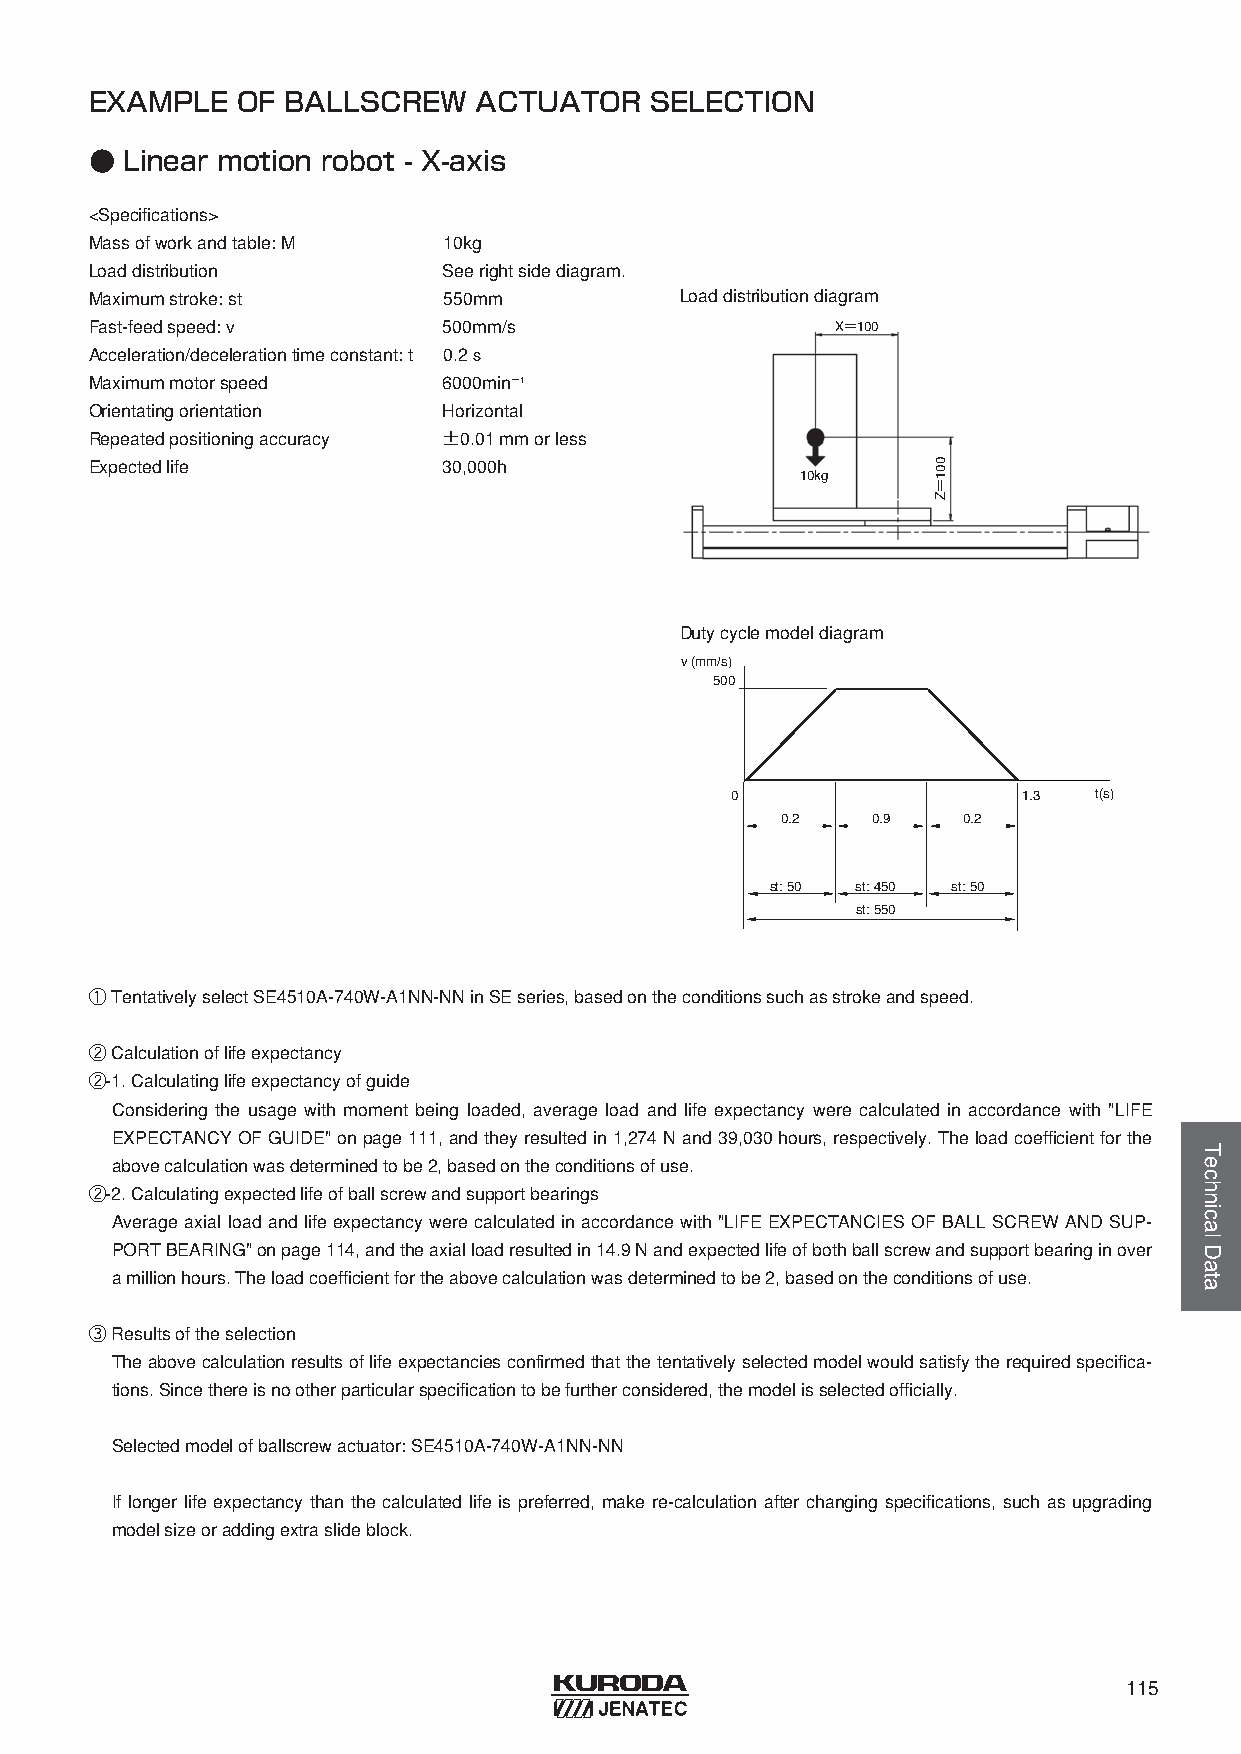
EXAMPLE   OF BALLSCREW    ACTUATOR   SELECTION
 ● Linear motion robot - X-axis
 <Specifications>
 Massofworkandtable: M  10kg
 Loaddistribution       Seerightsidediagram.
 Maximumstroke: st      550mm           Loaddistributiondiagram
 Fast-feedspeed: v      500mm/s                   X＝100
 Acceleration/decelerationtimeconstant: t 0.2ｓ
 Maximummotorspeed      6000min−1
 Orientatingorientation Horizontal
 Repeatedpositioningaccuracy ±0.01 mmorless
 Expectedlife           30,000h
 10kg
 Dutycyclemodeldiagram
 v (mm/s)
 500
 0                   1.3 t(s)
 0.2   0.9   0.2
 st: 50 st: 450 st: 50
 st: 550
 ①TentativelyselectSE4510A-740W-A1NN-NNinSEseries, basedontheconditionssuchasstrokeandspeed.
 ②Calculationoflifeexpectancy
 ②-1. Calculatinglifeexpectancyofguide
 Considering the usage with moment being loaded, average load and life expectancy were calculated in accordance with "LIFE
 EXPECTANCYOFGUIDE" onpage111, andtheyresultedin1,274 Nand39,030 hours, respectively. Theloadcoefficientforthe
 abovecalculationwasdeterminedtobe2, basedontheconditionsofuse.
 ②-2. Calculatingexpectedlifeofballscrewandsupportbearings
 Average axial load and life expectancy were calculated in accordance with "LIFE EXPECTANCIES OF BALL SCREW AND SUP-
 PORTBEARING" onpage114, andtheaxialloadresultedin14.9 Nandexpectedlifeofbothballscrewandsupportbearinginover
 amillionhours. Theloadcoefficientfortheabovecalculationwasdeterminedtobe2, basedontheconditionsofuse.
 ③Resultsoftheselection
 Theabovecalculationresultsoflifeexpectanciesconfirmedthatthetentativelyselectedmodelwouldsatisfytherequiredspecifica-
 tions. Sincethereisnootherparticularspecificationtobefurtherconsidered, themodelisselectedofficially.
 Selectedmodelofballscrewactuator: SE4510A-740W-A1NN-NN
 If longer life expectancy than the calculated life is preferred, make re-calculation after changing specifications, such as upgrading
 modelsizeoraddingextraslideblock.
 115
 001＝Z
 TechnicalData